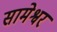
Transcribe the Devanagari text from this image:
सामेश्वर